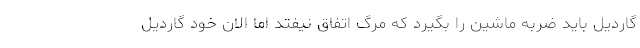
گاردیل باید ضربه ماشین را بگیرد که مرگ اتفاق نیفتد اما الان خود گاردیل